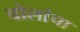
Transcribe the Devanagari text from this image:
बोलांचा